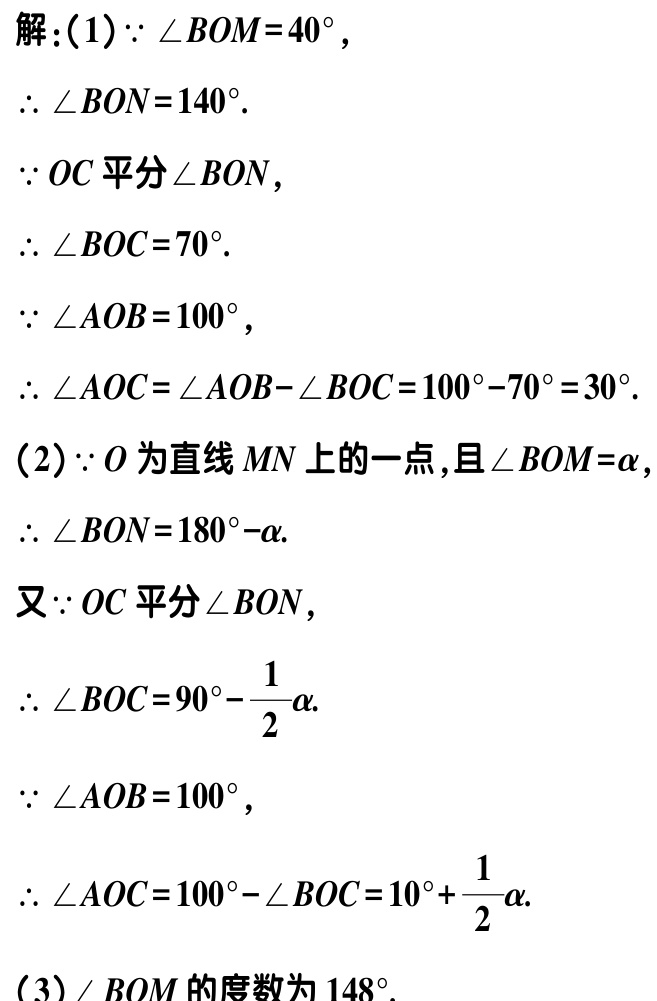
解：(1)$\because \angle BOM = 40^{\circ}$，

$\therefore \angle BON = 140^{\circ}$.

$\because OC$平分$\angle BON$，

$\therefore \angle BOC = 70^{\circ}$.

$\because \angle AOB = 100^{\circ}$，

$\therefore \angle AOC=\angle AOB - \angle BOC=100^{\circ}-70^{\circ}=30^{\circ}$.

(2)$\because O$为直线$MN$上的一点，且$\angle BOM = \alpha$，

$\therefore \angle BON = 180^{\circ}-\alpha$.

又$\because OC$平分$\angle BON$，

$\therefore \angle BOC = 90^{\circ}-\frac{1}{2}\alpha$.

$\because \angle AOB = 100^{\circ}$，

$\therefore \angle AOC = 100^{\circ}-\angle BOC = 10^{\circ}+\frac{1}{2}\alpha$.

(3)$\angle BOM$的度数为$148^{\circ}$.